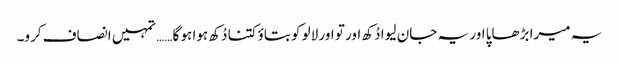
یہ میرا بڑھاپا اور یہ جان لیوا دُکھ اور تو اور لالو کو بتاؤ کتنا دُکھ ہوا ہو گا…… تمہیں انصاف کرو۔